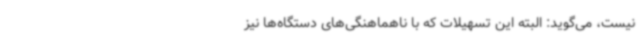
نیست، می‌گوید: البته این تسهیلات که با ناهماهنگی‌های دستگاه‌ها نیز